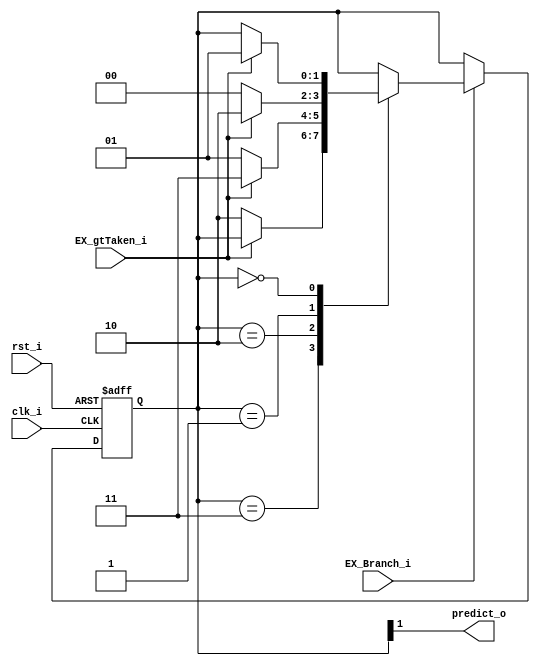
`define STRONGLY_NON_TAKEN 2'b00
`define WEAKLY_NON_TAKEN   2'b01
`define WEAKLY_TAKEN       2'b10
`define STRONGLY_TAKEN     2'b11

module Branch_Predictor(
    clk_i,
    rst_i,
    EX_Branch_i, // is now EX stage execute a branch?
    EX_gtTaken_i, // is now EX stage execute a branch and it should taken (zero=1)
    predict_o,
);
    input clk_i, rst_i;
    input EX_Branch_i, EX_gtTaken_i;
    output predict_o;

    reg [1:0] state;

    assign predict_o = state[1];

    always @(posedge clk_i or negedge rst_i)
    begin
        if (~rst_i)
            state <= `STRONGLY_TAKEN;
        else if (EX_Branch_i)
        case (state)
            `STRONGLY_TAKEN:
                if (EX_gtTaken_i);
                else
                    state <= `WEAKLY_TAKEN;
            `WEAKLY_TAKEN:
                if (EX_gtTaken_i)
                    state <= `STRONGLY_TAKEN;
                else
                    state <= `WEAKLY_NON_TAKEN;
            `WEAKLY_NON_TAKEN:
                if(EX_gtTaken_i)
                    state <= `WEAKLY_TAKEN;
                else
                    state <= `STRONGLY_NON_TAKEN;
            `STRONGLY_NON_TAKEN:
                if (EX_gtTaken_i)
                    state <= `WEAKLY_NON_TAKEN;
                else;
        endcase
    end
endmodule